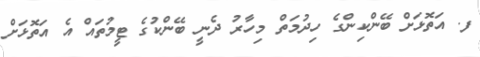
ފ. އަތޮޅަށް ބޭންކިންގެ ހިދުމަތް މިހާރު ދެނީ ބޭންކުގެ ޓީމުތައް އެ އަތޮޅަށް